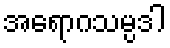
အရောဂသမ္ပဒါ